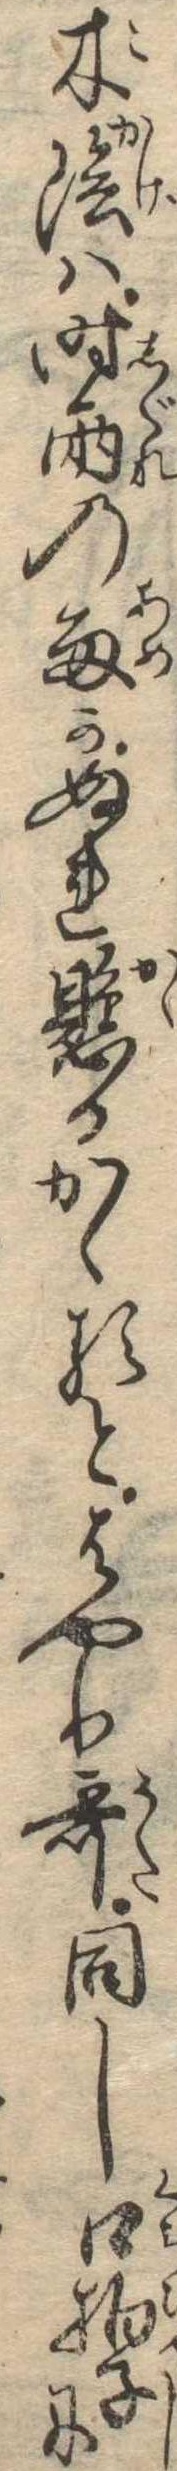
木陰は時雨の雨かぬれ懸るかゝるとはやり歌同し口拍子に